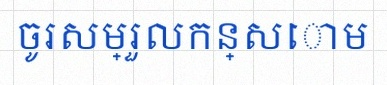
ចូរសម្រួលកន្សោម